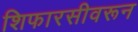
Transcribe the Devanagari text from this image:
शिफारसीवरून